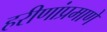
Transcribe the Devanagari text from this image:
हरीणांप्रमाणे